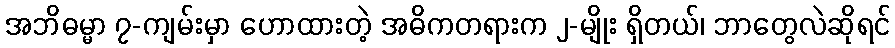
အဘိဓမ္မာ ၇-ကျမ်းမှာ ဟောထားတဲ့ အဓိကတရားက ၂-မျိုး ရှိတယ်၊ ဘာတွေလဲဆိုရင်